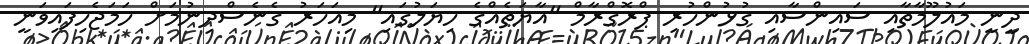
ދީނީ މައުލޫމާތާއި ސައިންސާއި ގުޅުންހުރި ޕްރޮގްރާމް "އާޔަތެއްގެ ހިޔަލުގައި" މިއަހަރު ގެނެސްދިނުމަށް ހަމަޖެހިފައިވަނީ